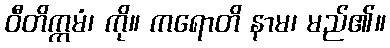
ဝီတိက္ကမံ၊ ကို။ ကရောတိ နာမ၊ မည်၏။